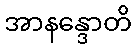
အာနန္ဒောတိ